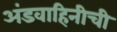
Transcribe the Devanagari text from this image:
अंडवाहिनीची